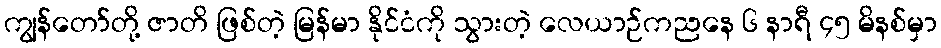
ကျွန်တော်တို့ ဇာတိ ဖြစ်တဲ့ မြန်မာ နိုင်ငံကို သွားတဲ့ လေယာဉ်ကညနေ ၆ နာရီ ၄၅ မိနစ်မှာ